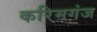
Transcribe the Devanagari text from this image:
करिमगंज